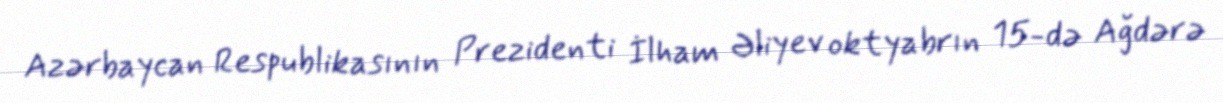
Azərbaycan Respublikasının Prezidenti İlham Əliyev oktyabrın 15-də Ağdərə